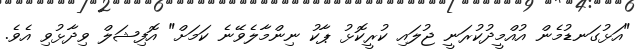
"އަޅުގަނޑުމެން އުއްމީދުކުރަނީ ޖުލައި ކުރީކޮޅު ޕާކު ނިންމާލެވޭނެ ކަމަށް" އޮފިޝަލް ވިދާޅުވި އެވެ.